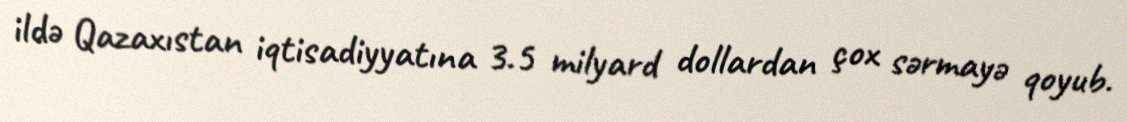
ildə Qazaxıstan iqtisadiyyatına 3.5 milyard dollardan çox sərmayə qoyub.